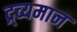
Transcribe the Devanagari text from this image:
द्र्व्यमान